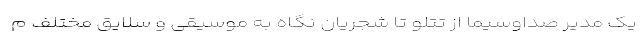
یک مدیر صداوسیما از تتلو تا شجریان نگاه به موسیقی و سلایق مختلف م